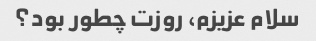
سلام عزیزم، روزت چطور بود؟